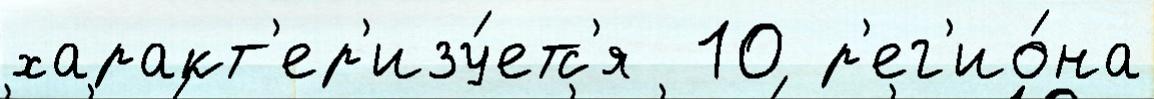
характ'ер'изу́етс'я  10 р'ег'ио́на